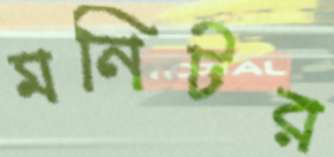
মনিটর